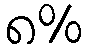
၈%